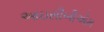
આઇસીબીએમ